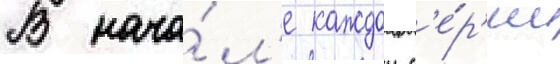
В нача́л'е каждои с'е́р'ии